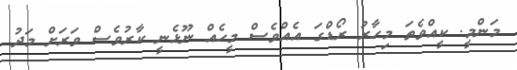
މަންމީ. ކީއްވެތަ މިހާރު ރޯޑްގަ އެއްވެސް މީހެއް ނޫޅެނީ ކާރުވެސް ވަރަށް މަދު